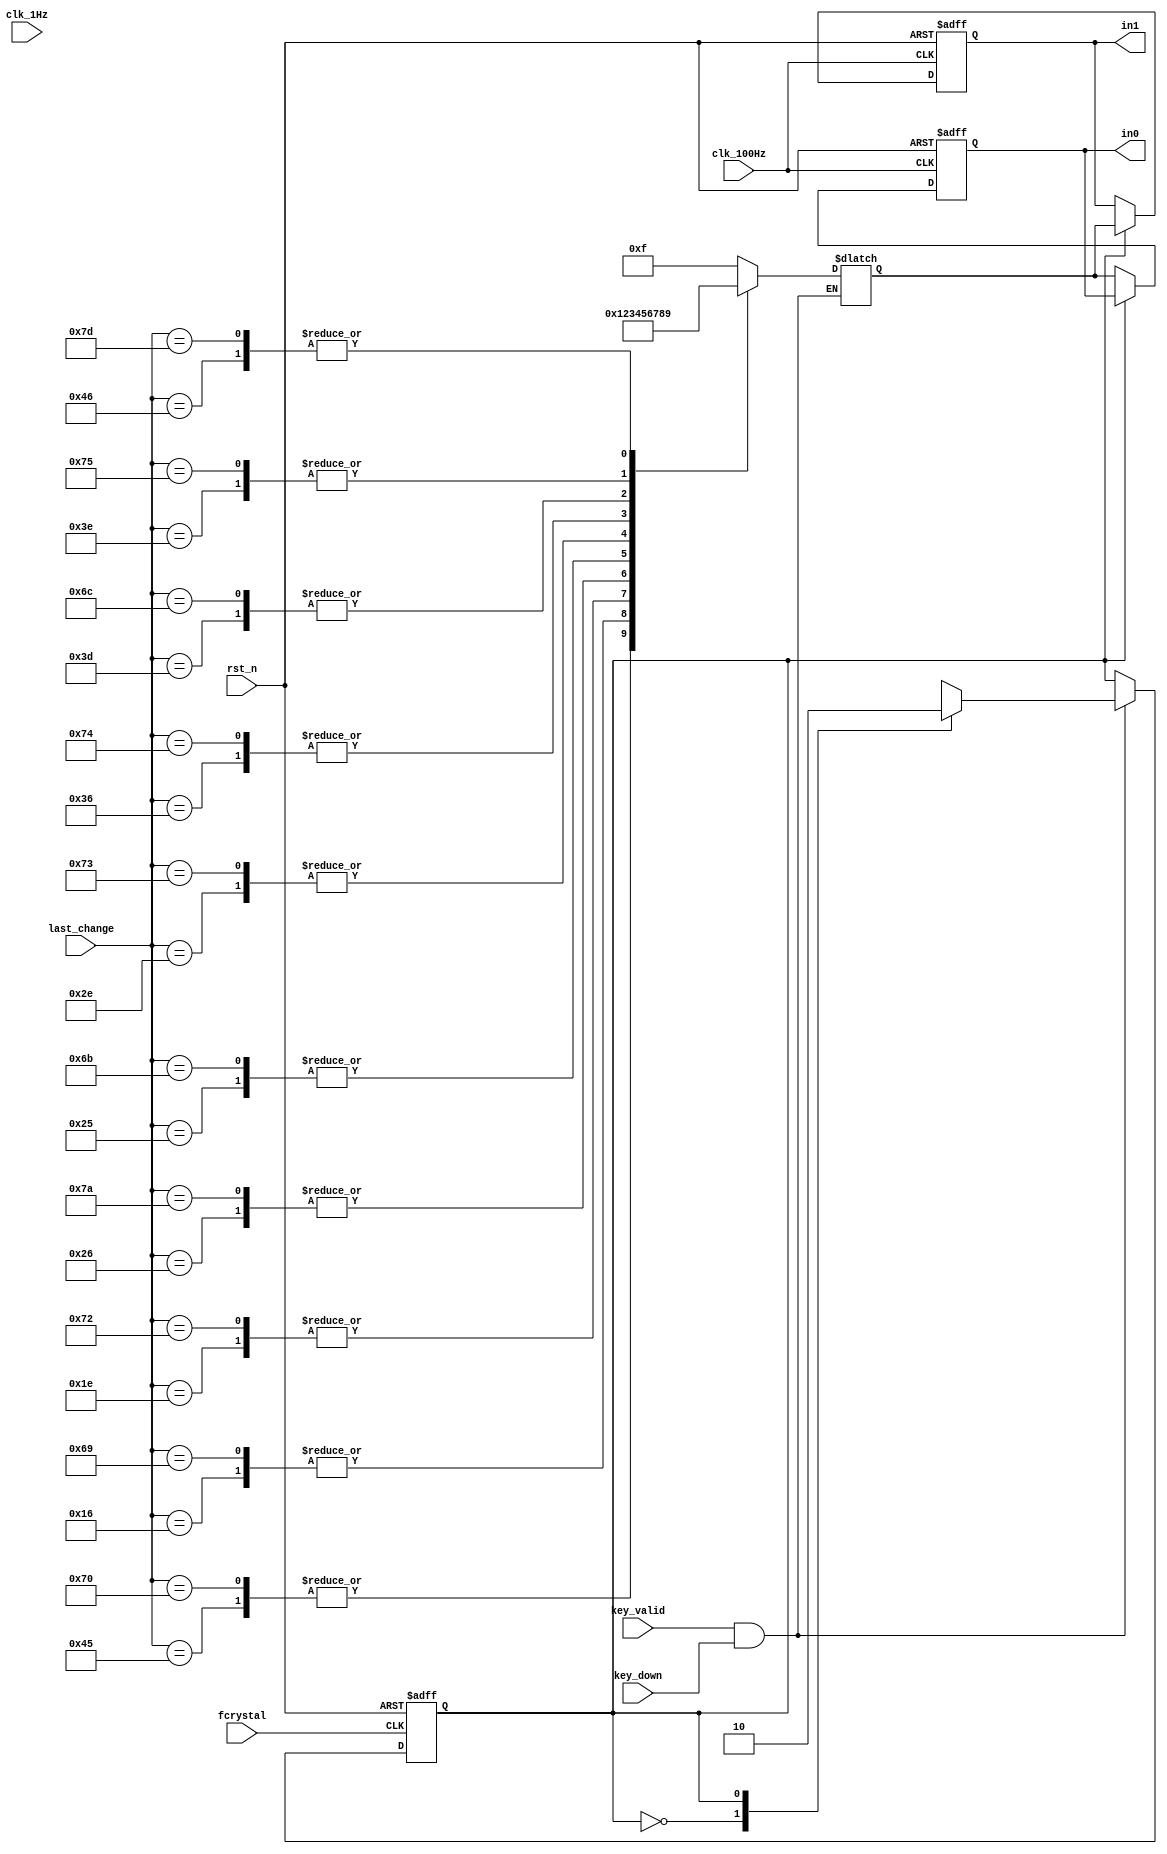
`timescale 1ns / 1ps
//////////////////////////////////////////////////////////////////////////////////
// Company: 
// Engineer: 
// 
// Design Name: 
// Module Name: adder_fsm
// Project Name: 
// Target Devices: 
// Tool Versions: 
// Description: 
// 
// Dependencies: 
// 
// Revision:
// Revision 0.01 - File Created
// Additional Comments:
// 
//////////////////////////////////////////////////////////////////////////////////


module adder_fsm(
    input fcrystal,
    input rst_n,
    input clk_1Hz,
    input clk_100Hz,
    input [8:0] last_change,
    input [511:0] key_down,
    input key_valid,
    output reg [3:0] in1,
    output reg [3:0] in0
    );
    
    reg state, next_state;
    reg [3:0] in_tem;
    
    always @* begin
        if (key_valid && key_down) begin
            case (state)
                1'b0: begin
                    next_state = 1'b1;
                    case (last_change)
                        // up
                        9'h045: in_tem= 4'd0;  // 0
                        9'h016: in_tem= 4'd1;  // 1
                        9'h01e: in_tem= 4'd2;  // 2
                        9'h026: in_tem= 4'd3;  // 3
                        9'h025: in_tem= 4'd4;  // 4
                        9'h02e: in_tem= 4'd5;  // 5
                        9'h036: in_tem= 4'd6;  // 6
                        9'h03d: in_tem= 4'd7;  // 7
                        9'h03e: in_tem= 4'd8;  // 8
                        9'h046: in_tem= 4'd9;  // 9
                        // right
                        9'h070: in_tem= 4'd0;  // 0
                        9'h069: in_tem= 4'd1;  // 1
                        9'h072: in_tem= 4'd2;  // 2
                        9'h07a: in_tem= 4'd3;  // 3
                        9'h06b: in_tem= 4'd4;  // 4
                        9'h073: in_tem= 4'd5;  // 5
                        9'h074: in_tem= 4'd6;  // 6
                        9'h06c: in_tem= 4'd7;  // 7
                        9'h075: in_tem= 4'd8;  // 8
                        9'h07d: in_tem= 4'd9;  // 9
                        default: in_tem = 4'd15;
                    endcase     
                end
                1'b1: begin
                    next_state = 1'b0;
                    case (last_change)
                        // up
                        9'h045: in_tem= 4'd0;  // 0
                        9'h016: in_tem= 4'd1;  // 1
                        9'h01e: in_tem= 4'd2;  // 2
                        9'h026: in_tem= 4'd3;  // 3
                        9'h025: in_tem= 4'd4;  // 4
                        9'h02e: in_tem= 4'd5;  // 5
                        9'h036: in_tem= 4'd6;  // 6
                        9'h03d: in_tem= 4'd7;  // 7
                        9'h03e: in_tem= 4'd8;  // 8
                        9'h046: in_tem= 4'd9;  // 9
                        // right
                        9'h070: in_tem= 4'd0;  // 0
                        9'h069: in_tem= 4'd1;  // 1
                        9'h072: in_tem= 4'd2;  // 2
                        9'h07a: in_tem= 4'd3;  // 3
                        9'h06b: in_tem= 4'd4;  // 4
                        9'h073: in_tem= 4'd5;  // 5
                        9'h074: in_tem= 4'd6;  // 6
                        9'h06c: in_tem= 4'd7;  // 7
                        9'h075: in_tem= 4'd8;  // 8
                        9'h07d: in_tem= 4'd9;  // 9
                        default: in_tem = 4'd15;
                    endcase     
                end
                default: begin
                    next_state = 1'b1;
                    case (last_change)
                        // up
                        9'h045: in_tem= 4'd0;  // 0
                        9'h016: in_tem= 4'd1;  // 1
                        9'h01e: in_tem= 4'd2;  // 2
                        9'h026: in_tem= 4'd3;  // 3
                        9'h025: in_tem= 4'd4;  // 4
                        9'h02e: in_tem= 4'd5;  // 5
                        9'h036: in_tem= 4'd6;  // 6
                        9'h03d: in_tem= 4'd7;  // 7
                        9'h03e: in_tem= 4'd8;  // 8
                        9'h046: in_tem= 4'd9;  // 9
                        // righ
                        9'h070: in_tem= 4'd0;  // 0
                        9'h069: in_tem= 4'd1;  // 1
                        9'h072: in_tem= 4'd2;  // 2
                        9'h07a: in_tem= 4'd3;  // 3
                        9'h06b: in_tem= 4'd4;  // 4
                        9'h073: in_tem= 4'd5;  // 5
                        9'h074: in_tem= 4'd6;  // 6
                        9'h06c: in_tem= 4'd7;  // 7
                        9'h075: in_tem= 4'd8;  // 8
                        9'h07d: in_tem= 4'd9;  // 9
                        default:in_tem = 4'd15;
                    endcase     
                end
            endcase 
        end
        else begin
            next_state = state;
            in_tem = in_tem;
        end
    end
    
    always @(posedge fcrystal or negedge rst_n)
        if (~rst_n) 
            state <= 1'b0;
        else 
            state <= next_state;
    always @(posedge clk_100Hz or negedge rst_n)
        if (~rst_n) begin
            in0 <= 4'd0;
            in1 <= 4'd0;     
        end
        else begin
            if (state)
                in1 <= in_tem;
            else 
                in0 <= in_tem;
        end
    
    
endmodule